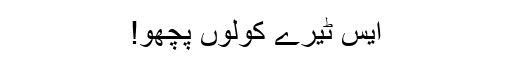
ایس ٹیرے کولوں پچھو!